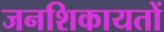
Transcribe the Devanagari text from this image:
जनशिकायतों